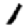
Digit: 1